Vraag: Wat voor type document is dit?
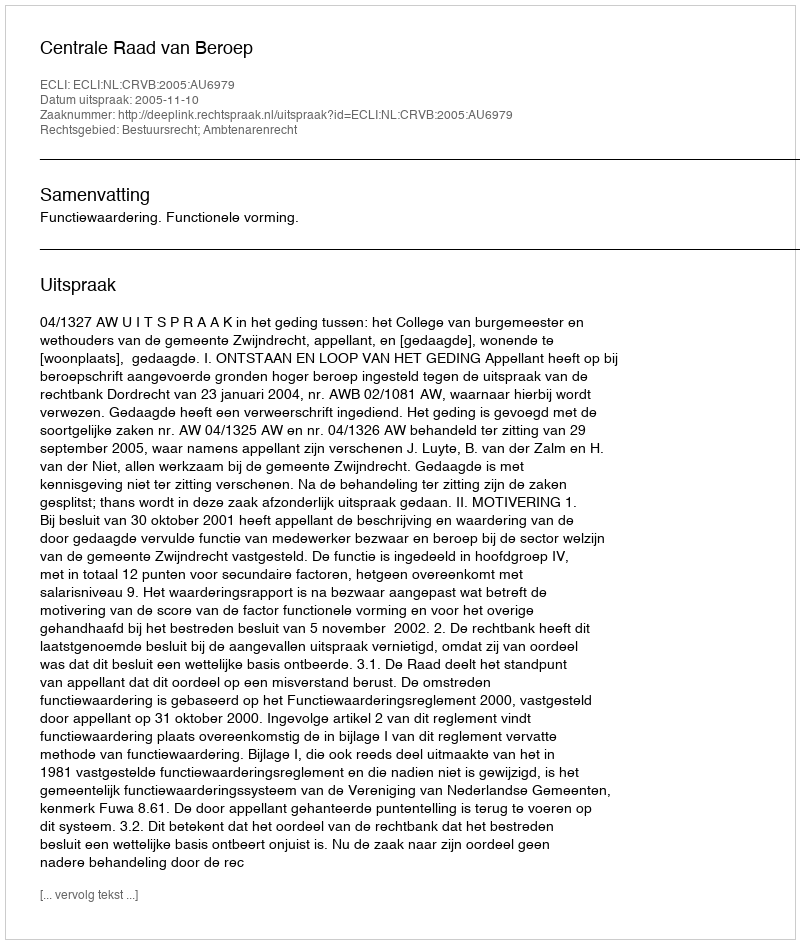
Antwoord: Uitspraak